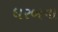
ધરબવા